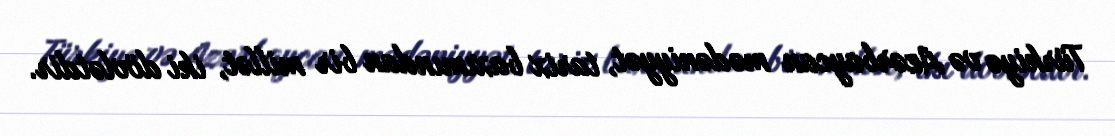
Türkiyə və Azərbaycan mədəniyyət, tarix baxımından bir millət, iki dövlətdir.